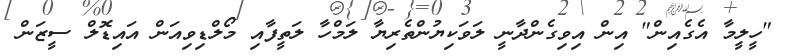
"ހީލީމާ އެގެއިން" އިން އިވިގެންދާނީ ލަވަކިޔުންތެރިޔާ ލަމްހާ ލަތީފާއި މޯލްޑިވިއަން އައިޑޮލް ސީޒަން